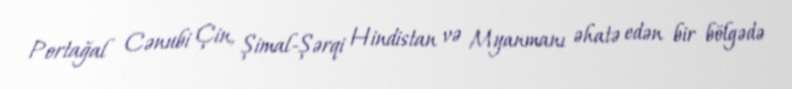
Portağal Cənubi Çin, Şimal-Şərqi Hindistan və Myanmanı əhatə edən bir bölgədə